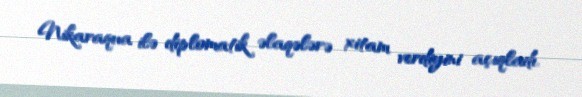
Nikaraqua ilə diplomatik əlaqələrə xitam verdiyini açıqladı.